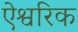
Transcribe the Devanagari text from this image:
ऐश्वरिक